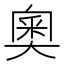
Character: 奧